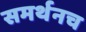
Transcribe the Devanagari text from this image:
समर्थनच